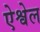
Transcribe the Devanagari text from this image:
ऐश्वेल